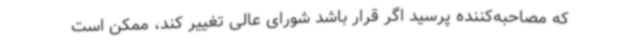
که مصاحبه‌کننده پرسید اگر قرار باشد شورای عالی تغییر کند، ممکن است